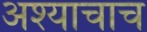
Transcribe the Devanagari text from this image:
अश्याचाच